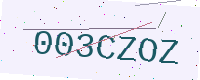
Text: 003CZOZ